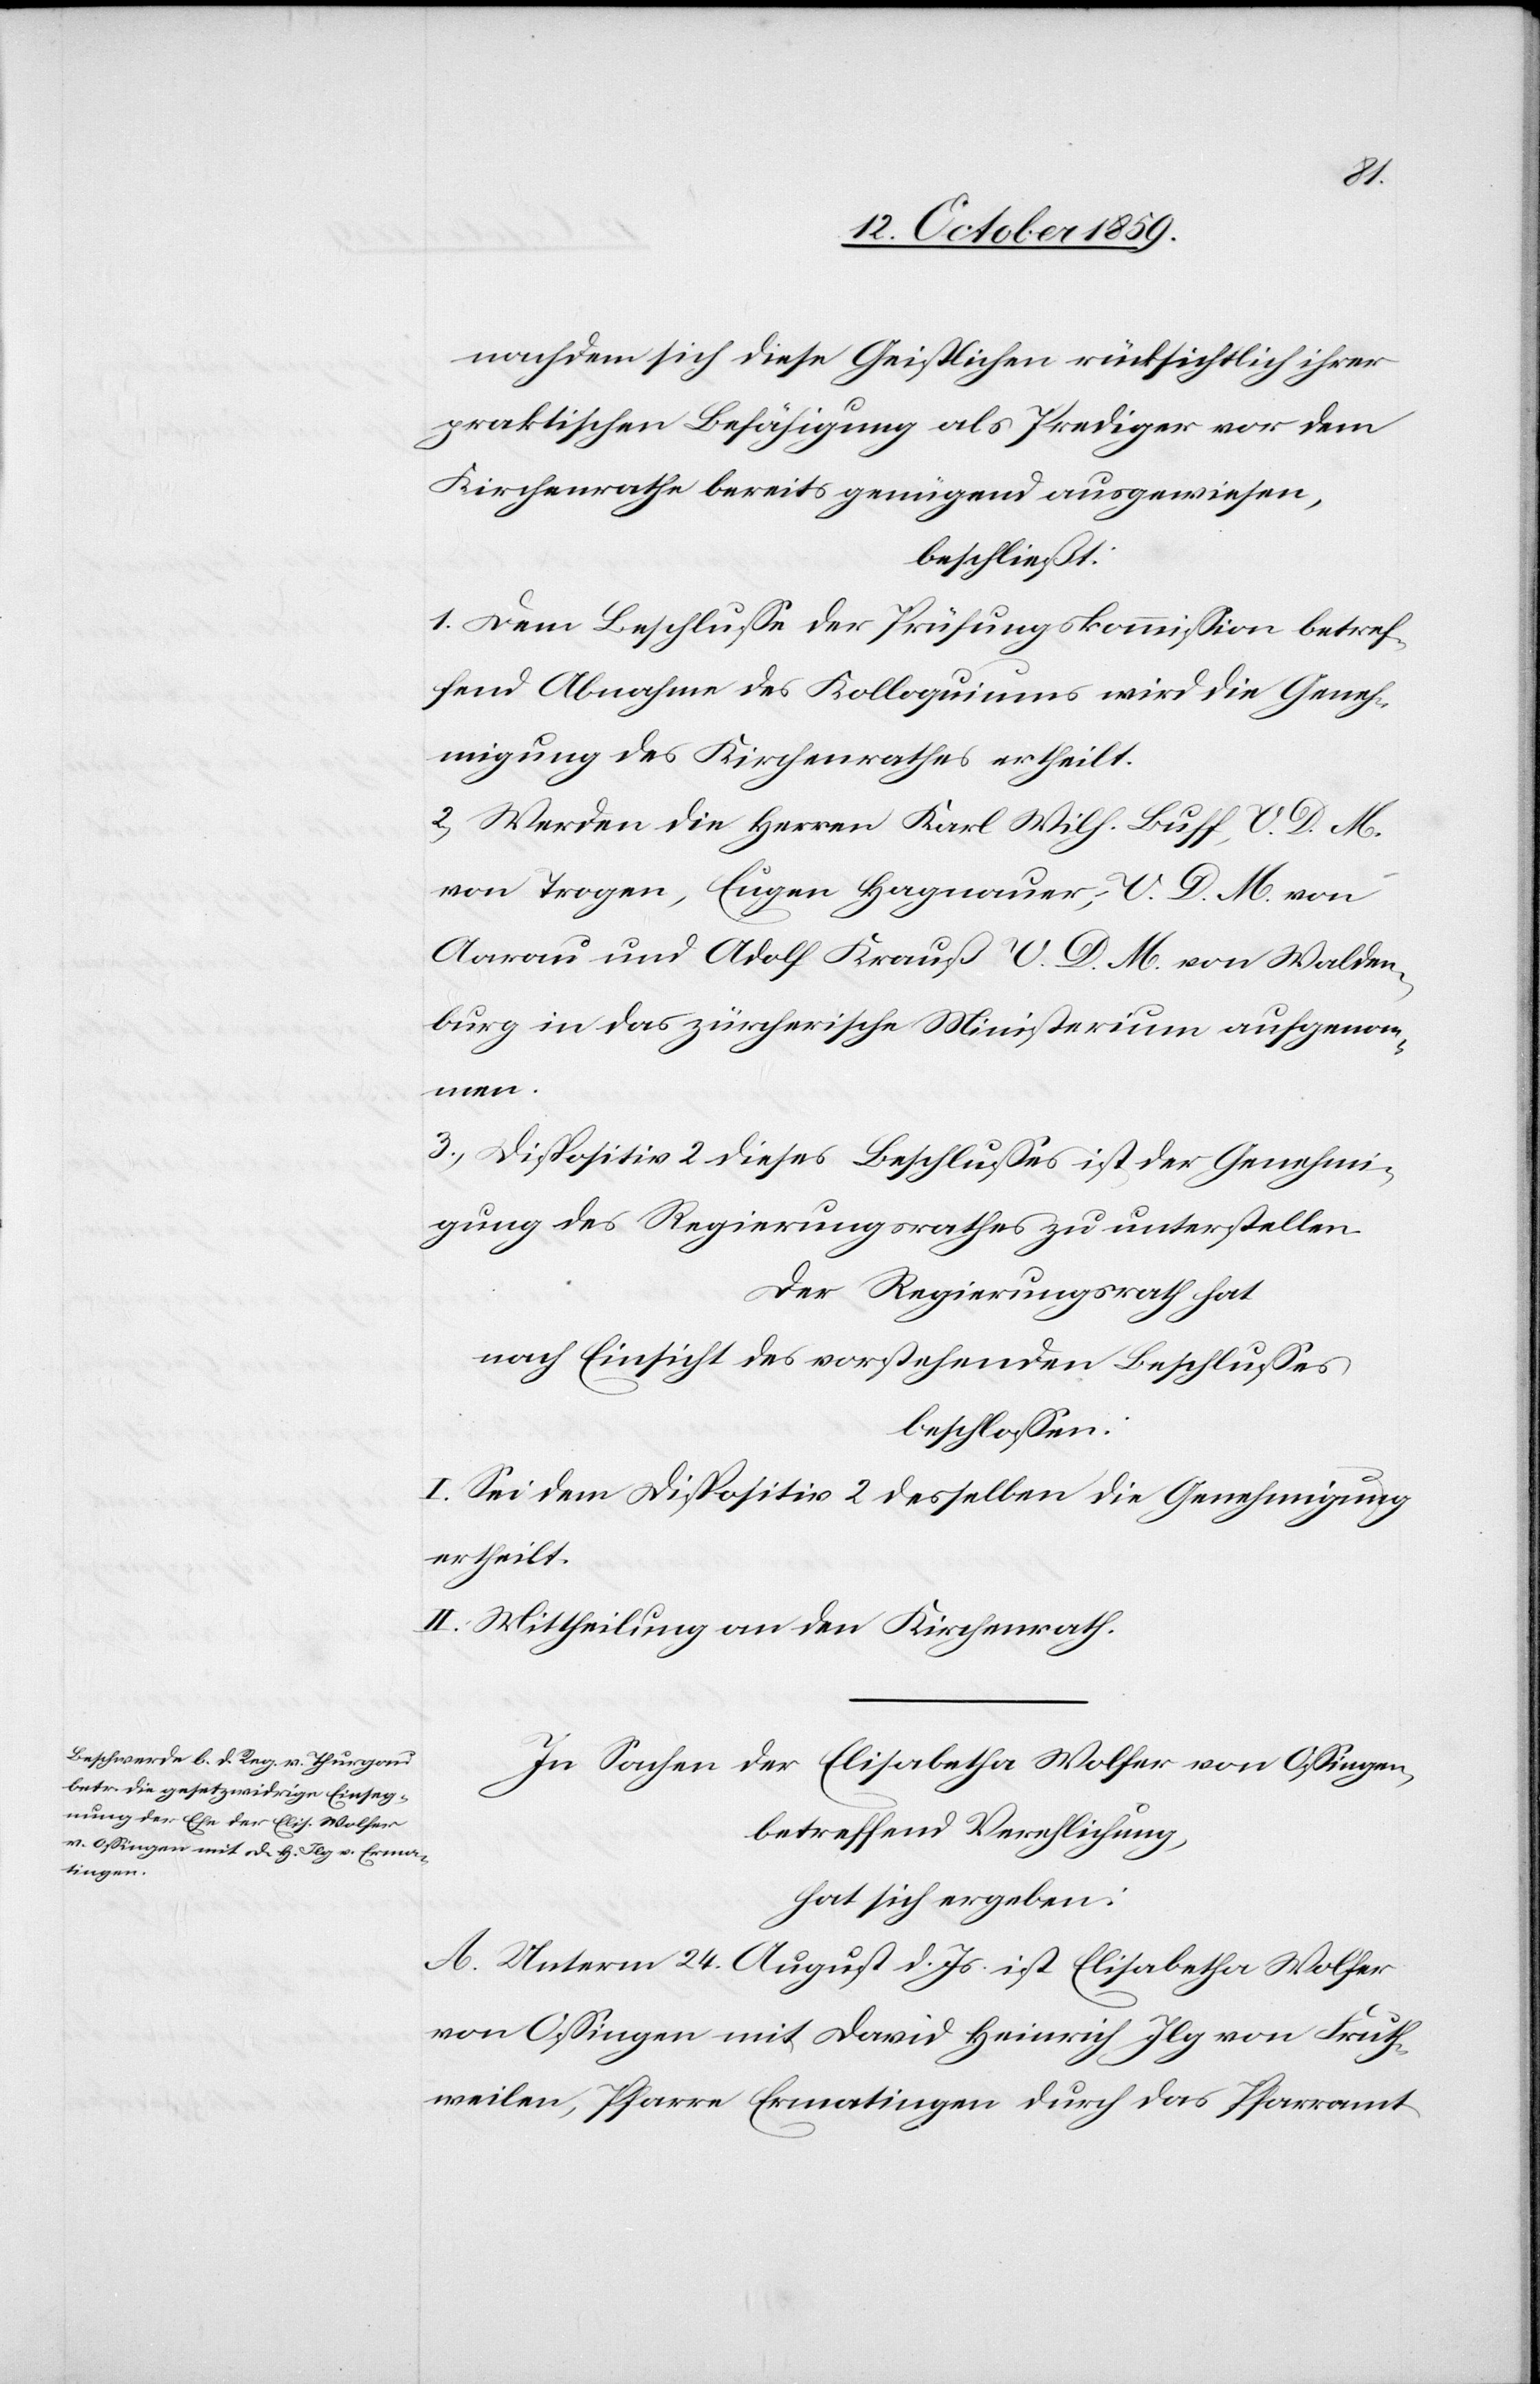
nachdem sich diese Geistlichen rücksichtlich ihrer
praktischen Befähigung als Prediger vor dem
Kirchenrathe bereits genügend ausgewiesen,
beschließt:
1. Dem Beschlusse der Prüfungskommission betref¬
fend Abnahme des Kolloquiums wird die Geneh¬
migung des Kirchenrathes ertheit.
2. Werden die Herrn Karl Wilf. Buff, V. D. M.
von Trogen, Eugen Hagnauer, V. D. M. von
Aarau und Adolf Krauß V. D. M. von Walden¬
burg in das zürcherische Ministerium aufgenom¬
men.
3. Dispositiv 2 dieses Beschlusses ist der Genehmi¬
gung des Regierungsrathes zu unterstellen.
Der Regierungsrath hat
nach Einsicht des vorstehenden Beschlusses
beschlossen:
I. Sei dem Dispositiv 2 desselben die Genehmigung
ertheilt.
II. Mittheilung an den Kirchenrath.
In Sachen der Elisabetha Wolfer von Ossingen
betreffend Verehlichung,
hat sich ergeben:
A. Unterm 24. August d. Js. ist Elisabetha Wolfer
von Ossingen mit David Heinrich Jlg von Fruth¬
weilen, Pfarre Ermatingen durch das Pfarramt